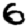
Digit: 6